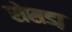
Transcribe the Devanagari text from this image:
रोसडा़